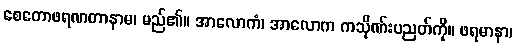
စေတောဖရဏတာနာမ၊ မည်၏။ အာလောကံ၊ အာလောက ကသိုဏ်းပညတ်ကို။ ဖရမာနာ၊